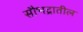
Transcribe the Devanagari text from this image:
सौभद्रातील